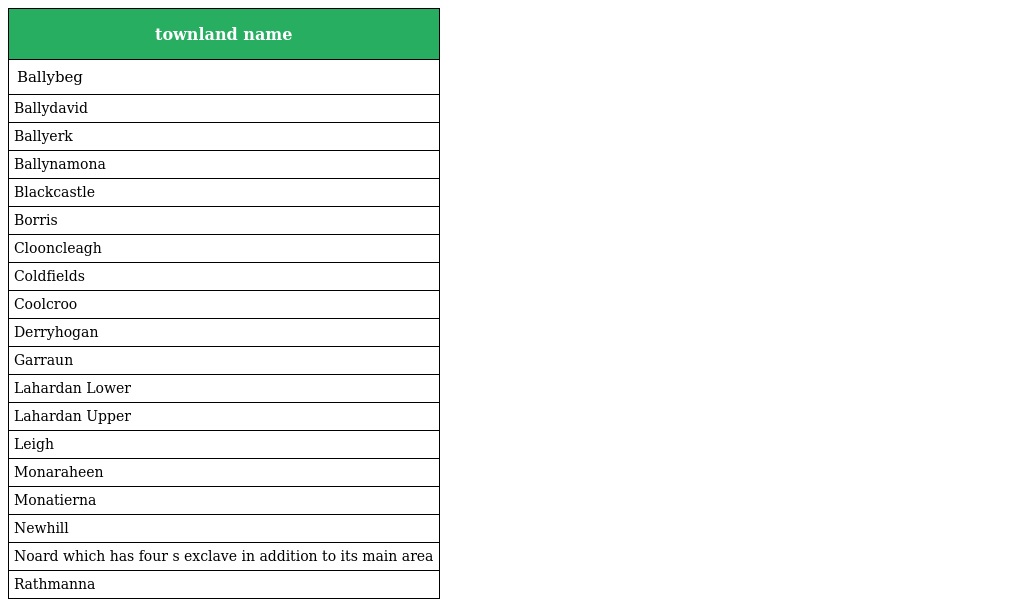
| townland name |
 | --- |
 | Ballybeg |
 | Ballydavid |
 | Ballyerk |
 | Ballynamona |
 | Blackcastle |
 | Borris |
 | Clooncleagh |
 | Coldfields |
 | Coolcroo |
 | Derryhogan |
 | Garraun |
 | Lahardan Lower |
 | Lahardan Upper |
 | Leigh |
 | Monaraheen |
 | Monatierna |
 | Newhill |
 | Noard which has four s exclave in addition to its main area |
 | Rathmanna |